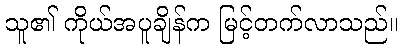
သူ၏ ကိုယ်အပူချိန်က မြင့်တက်လာသည်။